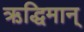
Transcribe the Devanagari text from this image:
ऋद्धिमान्‌